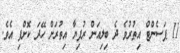
11 ޕަސެންޓް އިތުރުވެ ދެ ބިލިއަން ރުފިޔާ އިތުރަށް ހޭދަ ކޮށްފި އެވެ.